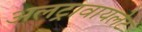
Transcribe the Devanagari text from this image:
अलट्रावायलेट